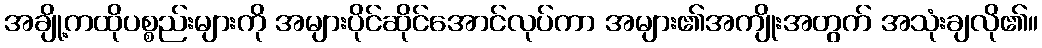
အချို့ကထိုပစ္စည်းများကို အများပိုင်ဆိုင်အောင်လုပ်ကာ အများ၏အကျိုးအတွက် အသုံးချလို၏။